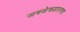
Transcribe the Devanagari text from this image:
जवळेकडलगचा